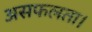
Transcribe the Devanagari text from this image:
असफलता।